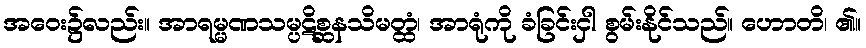
အဝေး၌လည်း။ အာရမ္မဏသမ္ပဋိစ္ဆနသိမတ္ထံ၊ အာရုံကို ခံခြင်းငှါ စွမ်းနိုင်သည်။ ဟောတိ၊ ၏။